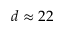
d \approx 2 2